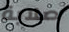
صلابة